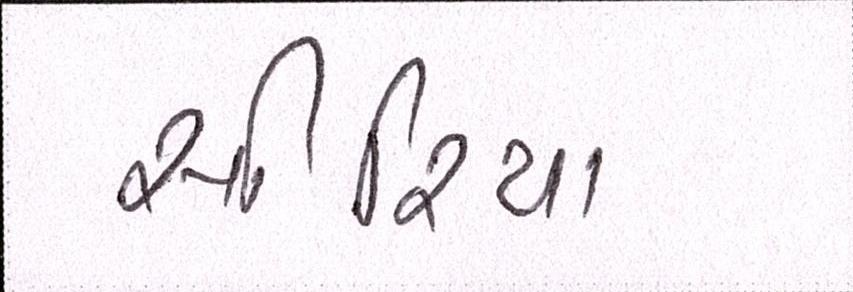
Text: સીરિયા